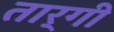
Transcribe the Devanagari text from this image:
तार्गी